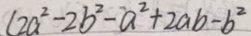
( 2 a ^ { 2 } - 2 b ^ { 2 } - a ^ { 2 } + 2 a b - b ^ { 2 }